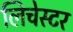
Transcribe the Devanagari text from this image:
लिचेस्टर